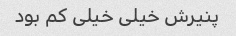
پنیرش خیلی خیلی کم بود